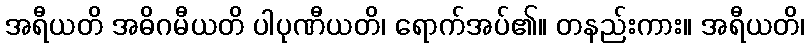
အရီယတိ အဓိဂမီယတိ ပါပုဏီယတိ၊ ရောက်အပ်၏။ တနည်းကား။ အရီယတိ၊